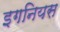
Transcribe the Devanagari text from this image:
इगनियस